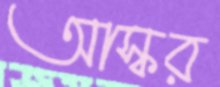
আস্কর